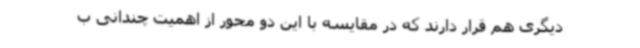
دیگری هم قرار دارند که در مقایسه با این دو محور از اهمیت چندانی ب